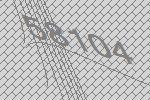
58104